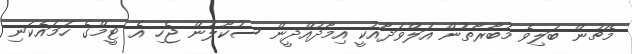
މެޗުން ބަލިވެ މުބާރާތުން އަލްވަދާއުކީ އިމާދުއްދީން ސުކޫލުން ޖެހި އެ ޓީމްގެ ހަމައެކަނި